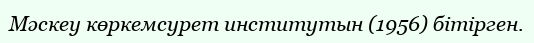
Мәскеу көркемсурет институтын (1956) бітірген.